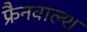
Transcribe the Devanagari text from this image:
फ्रैनवाल्श